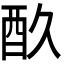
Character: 𮠘